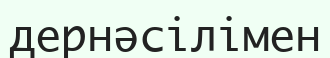
дернәсілімен